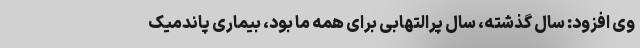
وی افزود: سال گذشته، سال پرالتهابی برای همه ما بود، بیماری پاندمیک